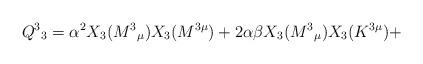
LaTeX: \begin{align*}Q^{3}{}_{3} = \alpha ^{2}X_{3}(M^{3}{}_{\mu })X_{3}(M^{3\mu })+2\alpha\beta X_{3}(M^{3}{}_{\mu })X_{3}(K^{3\mu}) +\end{align*}